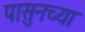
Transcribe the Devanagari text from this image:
पासुनच्या